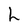
Character: h